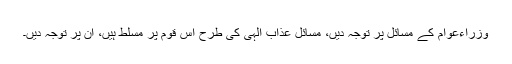
وزراءعوام کے مسائل پر توجہ دیں، مسائل عذاب الٰہی کی طرح اس قوم پر مسلط ہیں، ان پر توجہ دیں۔